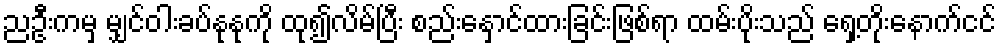
ညဦးကမှ မျှင်ဝါးခပ်နုနုကို ထု၍လိမ်ပြီး စည်းနှောင်ထားခြင်းဖြစ်ရာ ထမ်းပိုးသည် ရှေ့တိုးနောက်ငင်